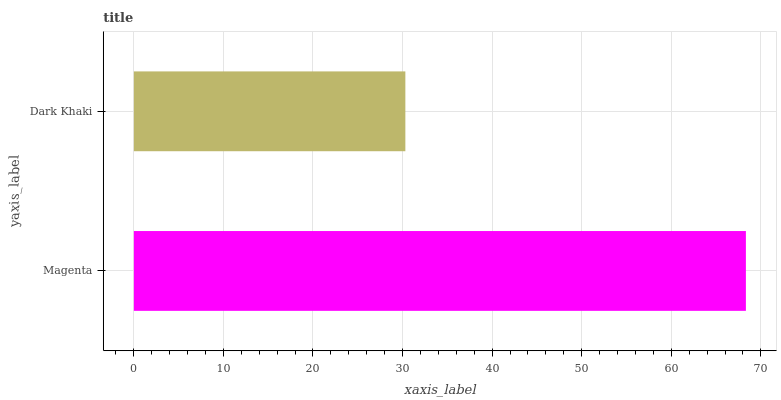
| yaxis_label | bars |
 | --- | --- |
 | Magenta | 68.3 |
 | Dark Khaki | 30.3 |